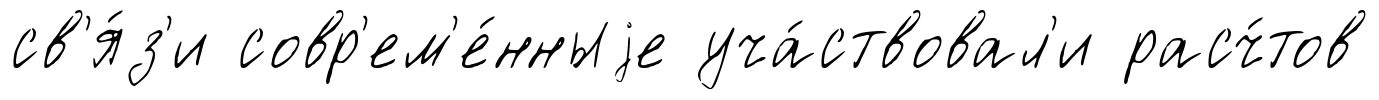
св'я́з'и совр'ем'е́нныjе уча́ствовал'и расч́тов